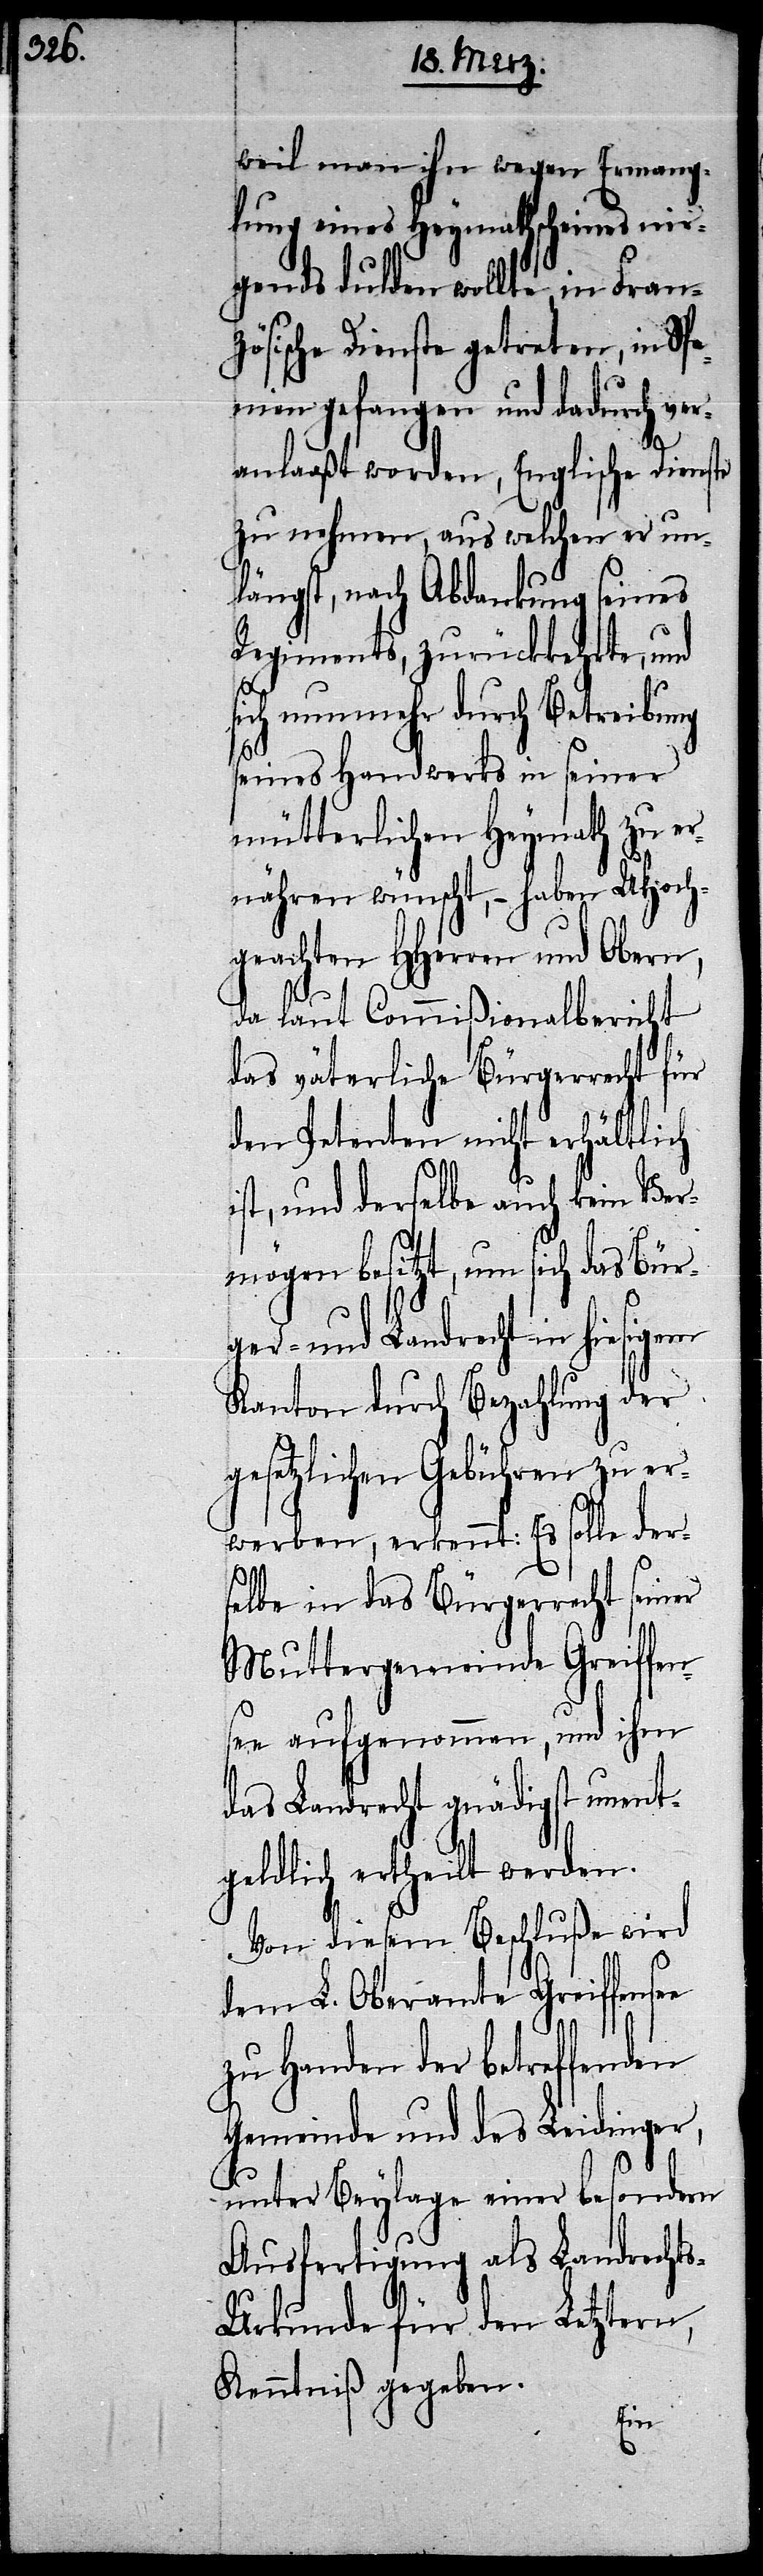
weil man ihn wegen Ermang¬
lung eines Heymathscheines nir¬
gends dulden wollte, in Franz¬
ösische Dienste getreten, in Sp¬
anien gefangen und dadurch ver¬
anlaaßt worden, Englische Dienste
zu nehmen, aus welchen er un¬
längst, nach Abdankung seines
Regiments, zurückkehrte, und
sich nunmehr durch Betreibung
seines Handwerks in seiner
mütterlichen Heymath zu er¬
nähren wünscht, – haben UHoch¬
geachten HHerren und Obern,
da laut Commißionalbericht
das väterliche Bürgerrecht für
den Petenten nicht erhältlich
ist, und derselbe auch kein Ver¬
mögen besitzt, um sich das Bür¬
ger- und Landrecht in hiesigem
Kanton durch Bezahlung der
gesetzlichen Gebühren zu er¬
werben, erkennt: Es solle ders¬
seiner
elbe in das Bürgerrecht
Muttergemeinde Greiffe¬
nsee aufgenommen, und ihm
das Landrecht gnädigst unent¬
geldlich ertheilt werden.
Von diesem Beschluße wird
dem L. Oberamte Greiffensee
zu Handen der betreffenden
Gemeinde und des Leidinger,
unter Beylage einer besondern
Ausfertigung als Landrecht¬
s-Urkunde für den Letztern,
Kenntniß gegeben.